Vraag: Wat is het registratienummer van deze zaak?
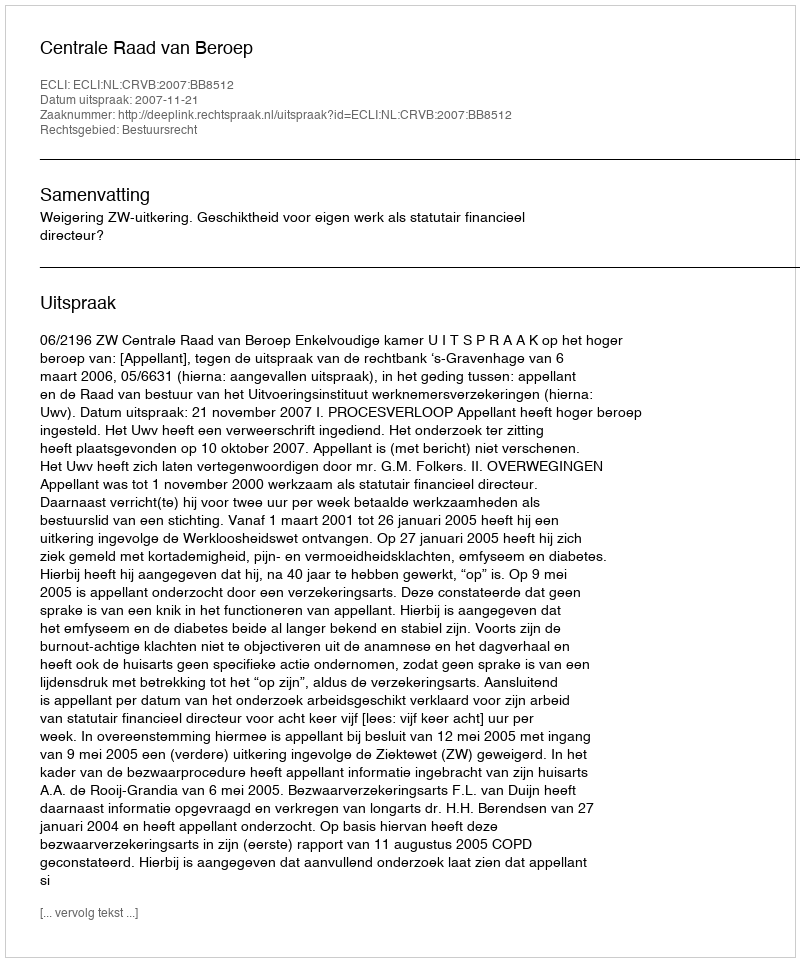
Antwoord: http://deeplink.rechtspraak.nl/uitspraak?id=ECLI:NL:CRVB:2007:BB8512